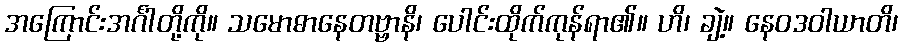
အကြောင်းအင်္ဂါတို့ကို။ သမောဓာနေတဗ္ဗာနိ၊ ပေါင်းထိုက်ကုန်ရာ၏။ ဟိ၊ ချဲ့။ နေဝဒဝါယာတိ၊